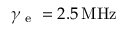
\gamma _ { \textrm { e } } = 2 . 5 \, \mathrm { M H z }